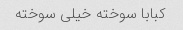
کبابا سوخته خیلی سوخته